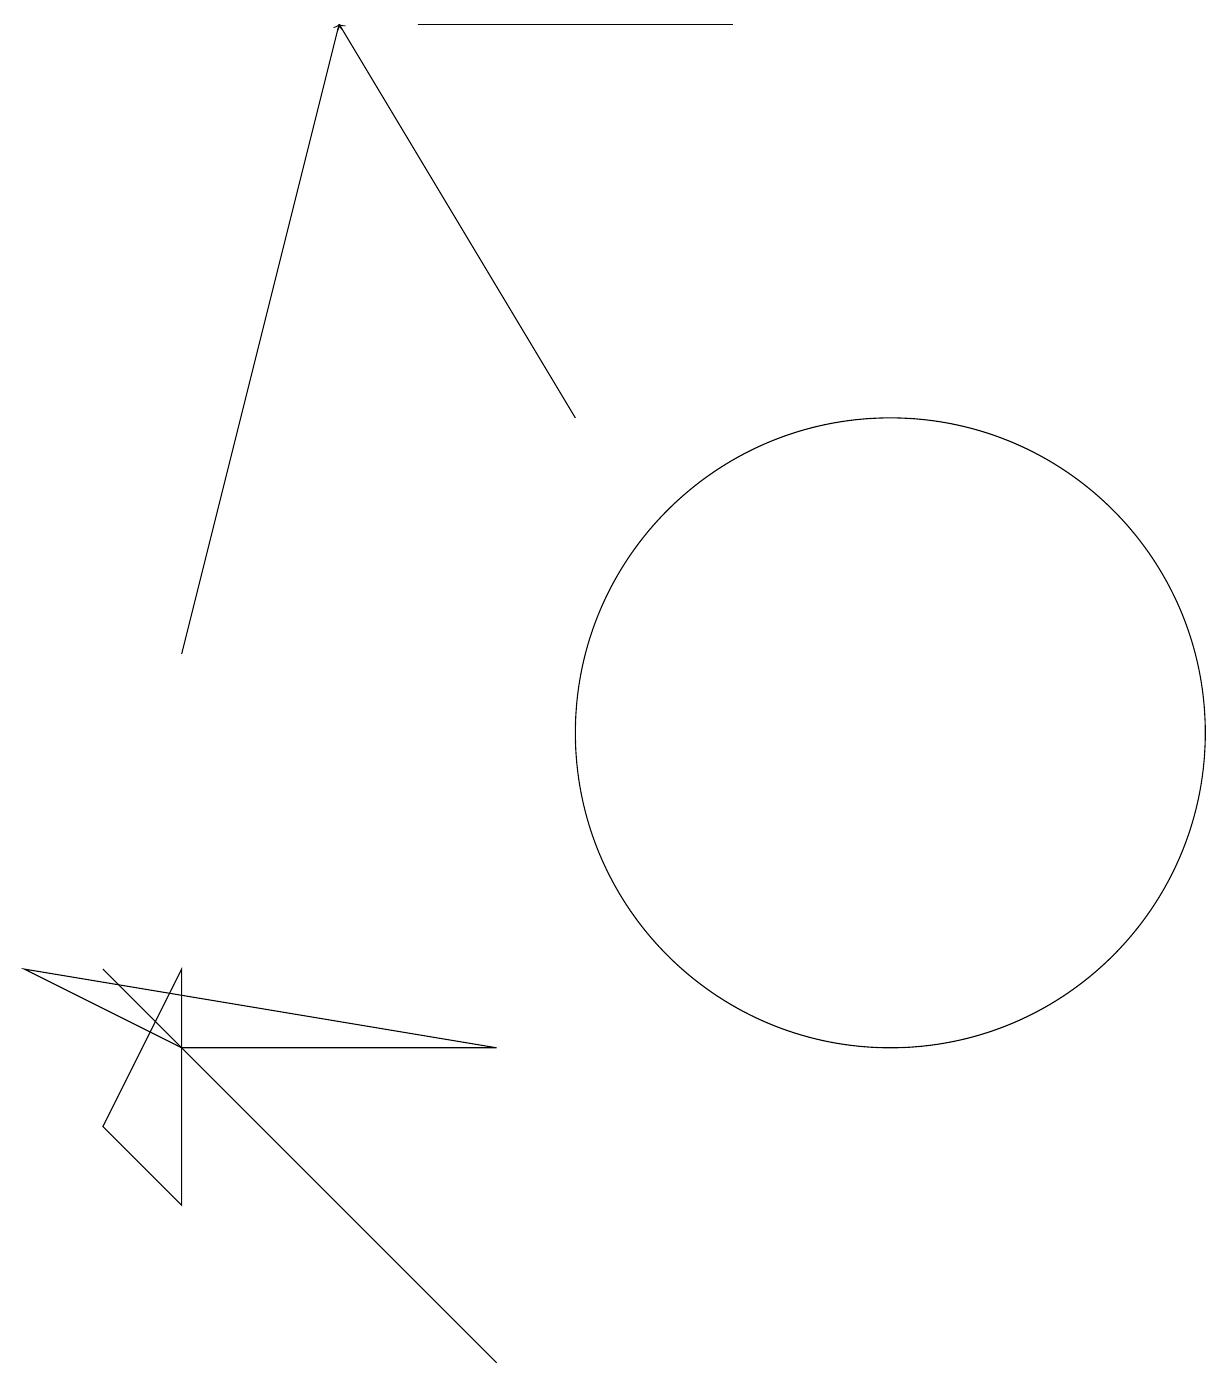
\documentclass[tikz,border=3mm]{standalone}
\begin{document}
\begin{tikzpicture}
\draw (2,7) -- (1,5) -- (2,4) -- cycle;
\draw (11,10) circle (4);
\draw (1,7) -- (1,7) -- (6,2) -- cycle;
\draw[->] (2,11) -- (4,19);
\draw[->] (7,14) -- (4,19);
\draw (2,6) -- (0,7) -- (6,6) -- cycle;
\draw (9,19) rectangle (5,19);
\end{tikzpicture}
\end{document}